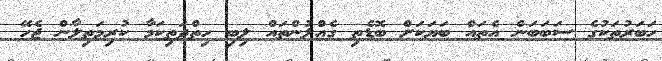
ހަބަރުތަކުގެ ސަބަބަން އެތައް ބަޔަކަށް ބޮޑެތި ގެއްލުންތައް ލިބި ހިތްދަތިކަމާ ކުރިމަތިލާން ޖެހޭ